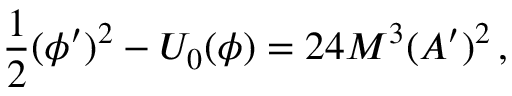
\frac { 1 } { 2 } ( \phi ^ { \prime } ) ^ { 2 } - U _ { 0 } ( \phi ) = 2 4 M ^ { 3 } ( A ^ { \prime } ) ^ { 2 } \, ,